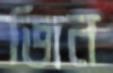
জিন